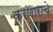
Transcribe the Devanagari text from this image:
करणाराचे